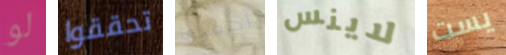
لو تحققوا أحميها لاينس يست